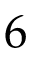
6